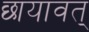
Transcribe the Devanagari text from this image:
छायावत्‌